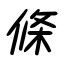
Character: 條